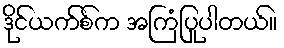
ဒိုင်ယက်စ်က အကြံပြုပါတယ်။